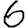
Digit: 6